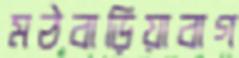
মঠবাড়িয়াবাগ